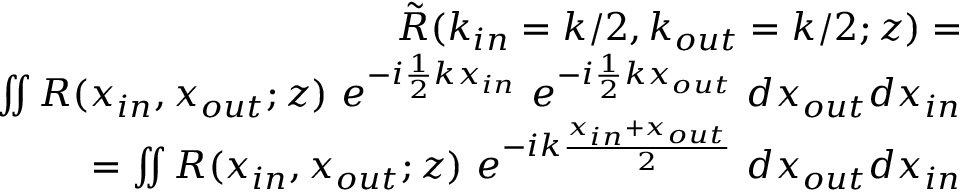
\begin{array} { r l r } & { } & { \tilde { R } ( k _ { i n } = k / 2 , k _ { o u t } = k / 2 ; z ) = } \\ & { } & { \iint { R ( x _ { i n } , x _ { o u t } ; z ) ~ e ^ { - i \frac { 1 } { 2 } k x _ { i n } } ~ e ^ { - i \frac { 1 } { 2 } k x _ { o u t } } ~ d x _ { o u t } d x _ { i n } } } \\ & { } & { = \iint { R ( x _ { i n } , x _ { o u t } ; z ) ~ e ^ { - i k \frac { x _ { i n } + x _ { o u t } } { 2 } } ~ d x _ { o u t } d x _ { i n } } } \end{array}